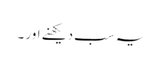
یہ سب دیکھنے اور ۔